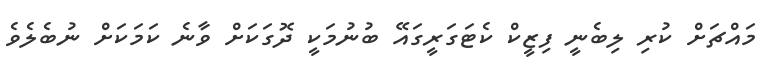
މައްޗަށް ކުރި ލިބެނީ ފިޒީކް ކެޓަގަރީގައޭ ބުނުމަކީ ދޮގަކަށް ވާނެ ކަމަކަށް ނުބެލެވެ